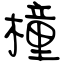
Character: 橦